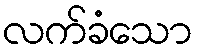
လက်ခံသော